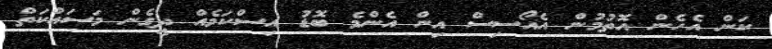
ކަން އެހެން އޮތުމުން އެއޯސިސް އިން އެންމެ ބޮޑު އިސްކަމެއް ދީގެން މަސައްކަތް